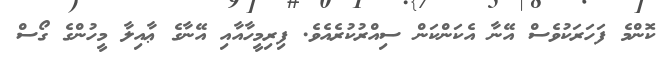
ކޮންމެ ފަހަރަކުވެސް އޭނާ އެކަންކަން ސިއްރުކުރެއެވެ. ފިރިމީހާއާއި އޭނާގެ ޢާއިލާ މީހުންގެ ގޯސް